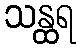
သန္ထရ